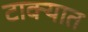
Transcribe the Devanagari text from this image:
टाक्‍यात